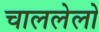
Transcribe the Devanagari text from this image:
चाललेलो